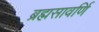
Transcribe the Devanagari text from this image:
ब्रह्मसावर्णि